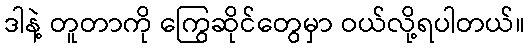
ဒါနဲ့ တူတာကို ကြွေဆိုင်တွေမှာ ဝယ်လို့ရပါတယ်။